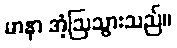
မာနာ အံ့ဩသွားသည်။